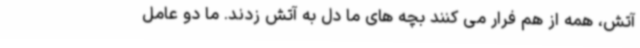
آتش، همه از هم فرار می کنند بچه های ما دل به آتش زدند. ما دو عامل